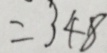
= 3 4 8